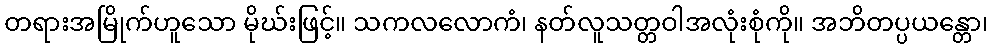
တရားအမြိုက်ဟူသော မိုဃ်းဖြင့်။ သကလလောကံ၊ နတ်လူသတ္တဝါအလုံးစုံကို။ အဘိတပ္ပယန္တော၊